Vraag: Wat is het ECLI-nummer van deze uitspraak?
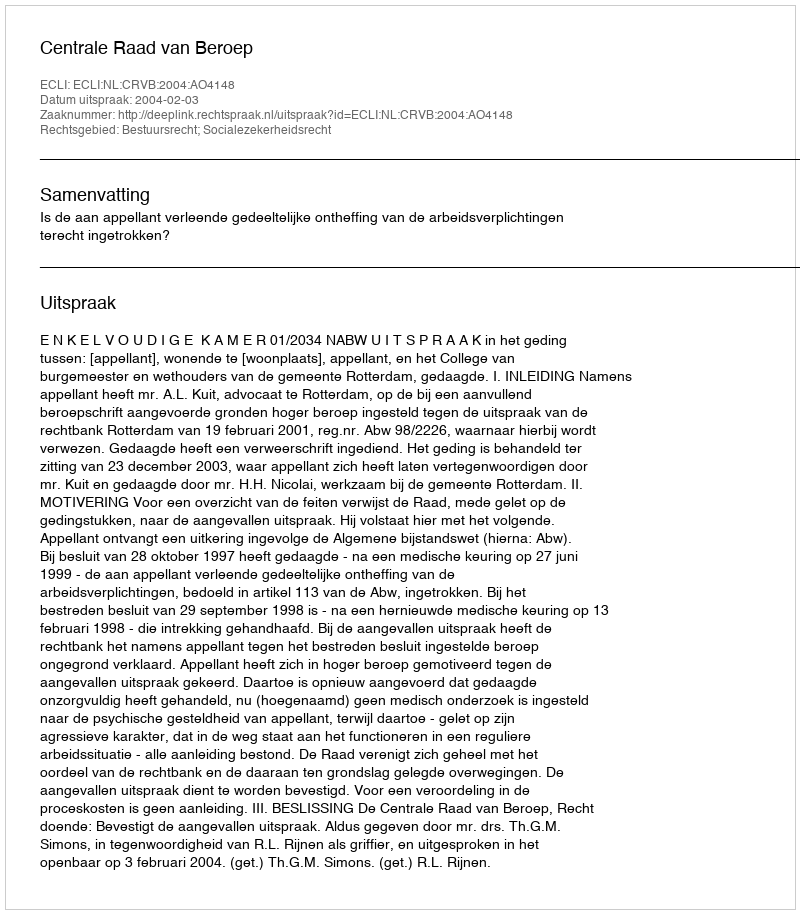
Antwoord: ECLI:NL:CRVB:2004:AO4148